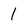
Character: 1